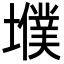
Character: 㙸